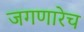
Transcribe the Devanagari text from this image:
जगणारेच